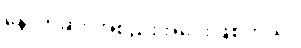
နောက်ဆုံး အစည်းအဝေးဖြစ်တယ်။